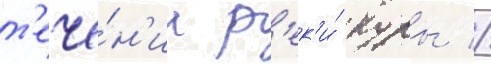
т'ече́н'ии р'ек'и́ куры //